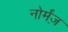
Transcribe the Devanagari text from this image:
नोर्मंज़